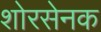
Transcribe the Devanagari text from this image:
शोरसेनक